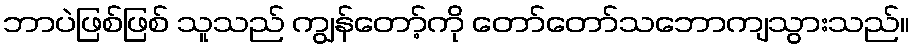
ဘာပဲဖြစ်ဖြစ် သူသည် ကျွန်တော့်ကို တော်တော်သဘောကျသွားသည်။